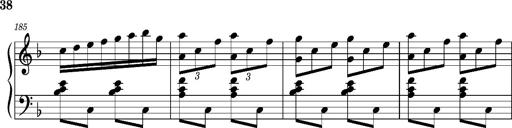
Title: Ungarischer Romanzero
Composer: Franz Liszt